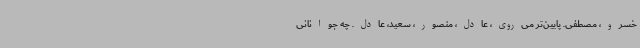
خسرو، مصطفی. پایین‌تر می‌روی، عادل، منصور، سعید، عادل. چه جوانانی